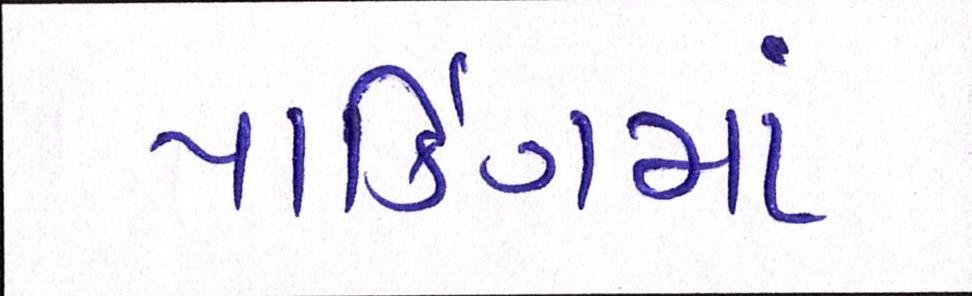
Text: પાર્કિંગમાં